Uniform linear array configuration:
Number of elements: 4
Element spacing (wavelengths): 0.25
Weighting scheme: cosine
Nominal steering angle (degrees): -45
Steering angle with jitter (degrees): -45.794
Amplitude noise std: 0.05
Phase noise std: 0.05

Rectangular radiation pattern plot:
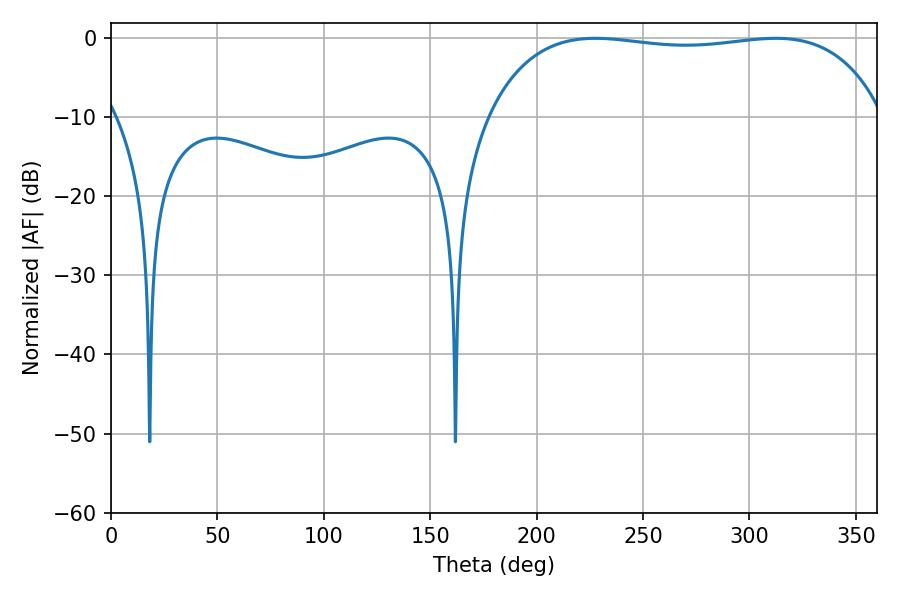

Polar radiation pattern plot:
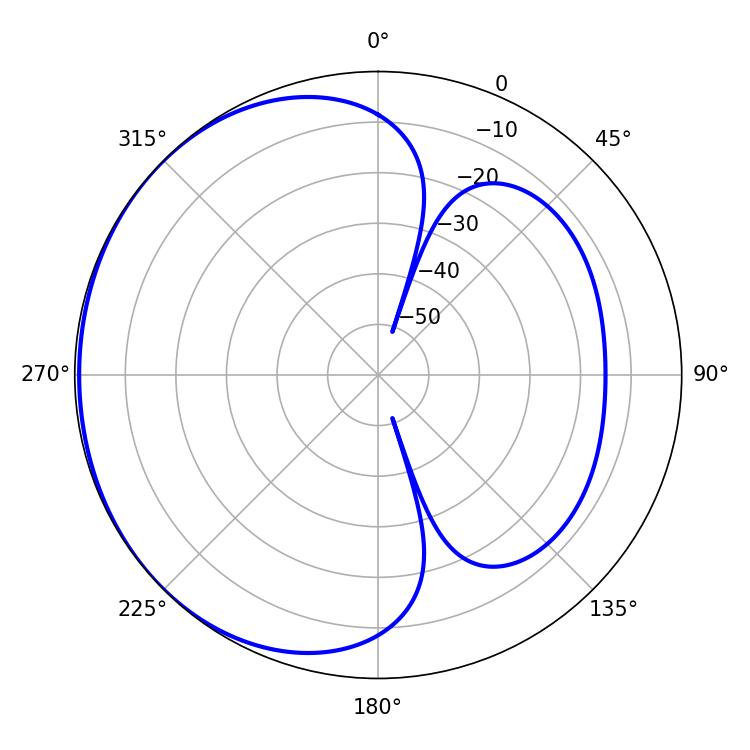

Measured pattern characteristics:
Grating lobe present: FALSE
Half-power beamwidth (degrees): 149.04
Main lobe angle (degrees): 227.52